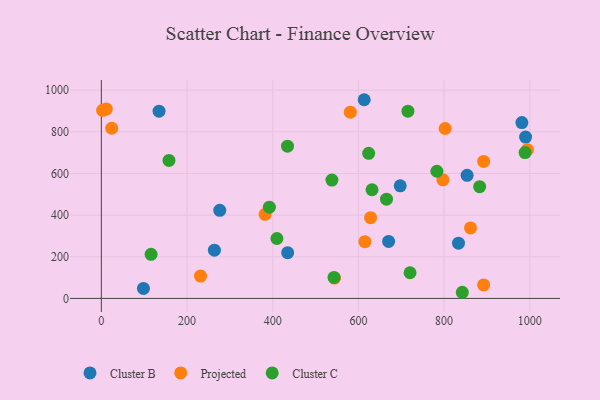
{"axis": {"x": "Engine Size", "y": "Exam Score"}, "legend": ["Cluster B", "Cluster C", "Projected"], "data": [{"x": "833.6", "y": 265.1, "type": "Cluster B"}, {"x": "434.9", "y": 219.7, "type": "Cluster B"}, {"x": "263.9", "y": 231.8, "type": "Cluster B"}, {"x": "98.3", "y": 47.9, "type": "Cluster B"}, {"x": "697.6", "y": 540.6, "type": "Cluster B"}, {"x": "990.2", "y": 774.7, "type": "Cluster B"}, {"x": "276.4", "y": 423.0, "type": "Cluster B"}, {"x": "670.5", "y": 273.9, "type": "Cluster B"}, {"x": "613.5", "y": 954.1, "type": "Cluster B"}, {"x": "853.7", "y": 591.1, "type": "Cluster B"}, {"x": "981.6", "y": 844.4, "type": "Cluster B"}, {"x": "134.7", "y": 899.2, "type": "Cluster B"}, {"x": "544.1", "y": 97.7, "type": "Projected"}, {"x": "11.5", "y": 909.3, "type": "Projected"}, {"x": "892.3", "y": 657.6, "type": "Projected"}, {"x": "382.2", "y": 404.0, "type": "Projected"}, {"x": "797.2", "y": 569.6, "type": "Projected"}, {"x": "628.4", "y": 387.9, "type": "Projected"}, {"x": "861.6", "y": 338.6, "type": "Projected"}, {"x": "892.2", "y": 64.7, "type": "Projected"}, {"x": "802.4", "y": 815.9, "type": "Projected"}, {"x": "615.1", "y": 272.6, "type": "Projected"}, {"x": "994.4", "y": 714.3, "type": "Projected"}, {"x": "581.1", "y": 894.3, "type": "Projected"}, {"x": "231.5", "y": 107.5, "type": "Projected"}, {"x": "24.2", "y": 817.1, "type": "Projected"}, {"x": "3.0", "y": 903.1, "type": "Projected"}, {"x": "538.2", "y": 568.2, "type": "Cluster C"}, {"x": "157.9", "y": 662.7, "type": "Cluster C"}, {"x": "989.1", "y": 700.1, "type": "Cluster C"}, {"x": "720.5", "y": 123.2, "type": "Cluster C"}, {"x": "715.6", "y": 899.3, "type": "Cluster C"}, {"x": "116.1", "y": 211.7, "type": "Cluster C"}, {"x": "842.5", "y": 29.5, "type": "Cluster C"}, {"x": "883.0", "y": 536.8, "type": "Cluster C"}, {"x": "543.1", "y": 100.8, "type": "Cluster C"}, {"x": "665.6", "y": 476.5, "type": "Cluster C"}, {"x": "624.0", "y": 696.9, "type": "Cluster C"}, {"x": "434.5", "y": 731.1, "type": "Cluster C"}, {"x": "783.2", "y": 610.7, "type": "Cluster C"}, {"x": "392.2", "y": 438.2, "type": "Cluster C"}, {"x": "409.8", "y": 287.7, "type": "Cluster C"}, {"x": "631.8", "y": 521.7, "type": "Cluster C"}]}